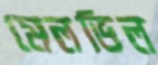
মেলভিল